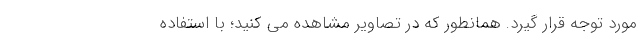
مورد توجه قرار گیرد. همانطور که در تصاویر مشاهده می کنید؛ با استفاده